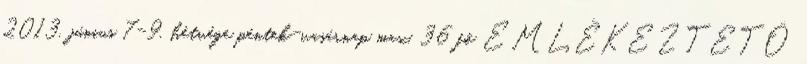
2013. június 7-9. hétvége péntek-vasárnap max. 36 fő EMLÉKEZTETŐ